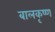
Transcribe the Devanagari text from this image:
बालकृष्‍ण